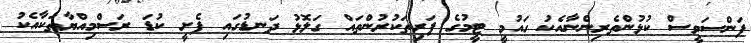
ފަންސަވީސް ކުޅުންތެރިންނާއެކު ގައުމީ ޓީމުގެ ފަރިތަކުރުންތައް ގަލޮޅު ދަނޑުގައި ފެށީ ކުޑަ ރަސްމިއްޔާތަކާއެކު